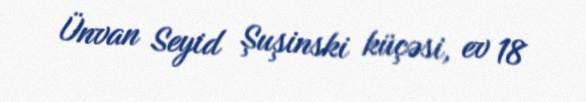
Ünvan Seyid Şuşinski küçəsi, ev 18